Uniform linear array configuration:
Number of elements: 4
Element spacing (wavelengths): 0.5
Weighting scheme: exponential
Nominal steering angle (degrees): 0
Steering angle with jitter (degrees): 1.72
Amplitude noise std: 0.05
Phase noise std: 0.05

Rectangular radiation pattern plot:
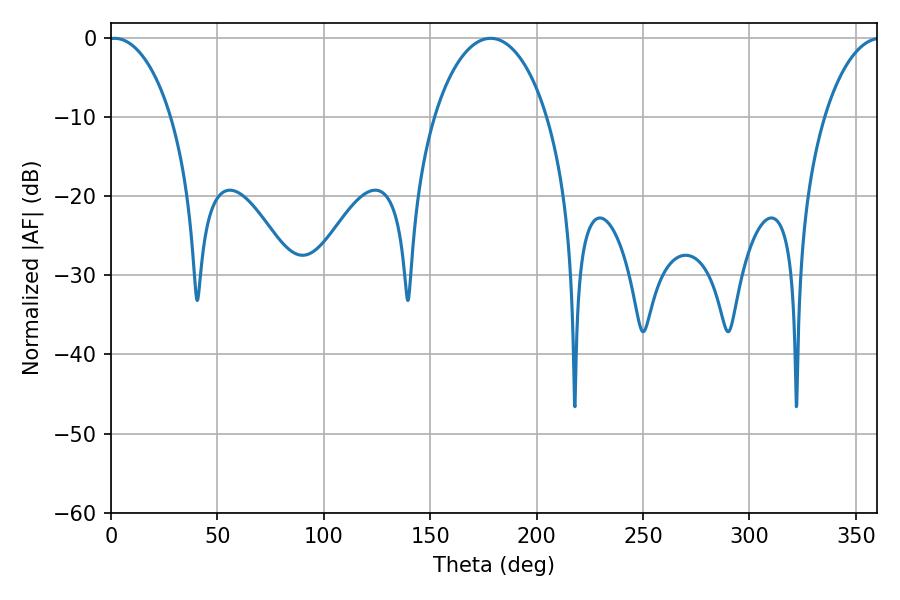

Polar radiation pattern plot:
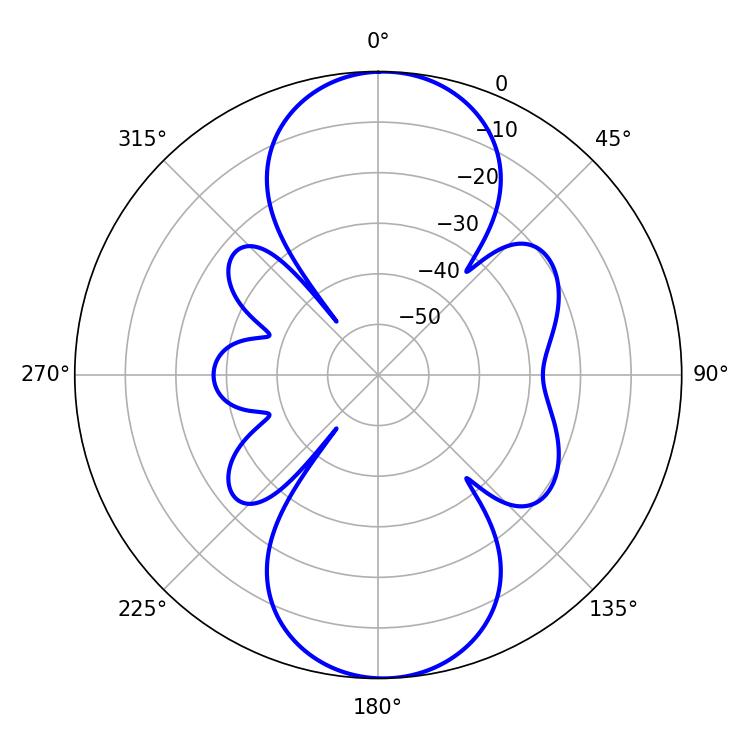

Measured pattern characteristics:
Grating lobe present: FALSE
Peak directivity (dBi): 17.32
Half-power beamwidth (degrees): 16.74
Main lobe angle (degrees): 1.62